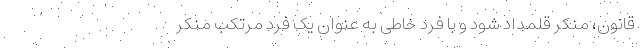
قانون، منکر قلمداد شود و با فرد خاطی به ­عنوان یک فرد مرتکب منکر